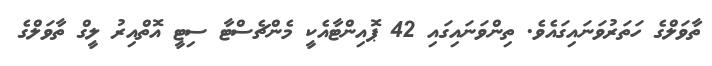
ތާވަލްގެ ހަތަރުވަނައިގައެވެ. ތިންވަނައިގައި 42 ޕޮއިންޓާއެކީ މެންޗެސްޓާ ސިޓީ އޮތްއިރު ލީގް ތާވަލްގެ